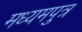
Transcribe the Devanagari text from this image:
मध्यमपुत्र